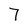
Character: 7